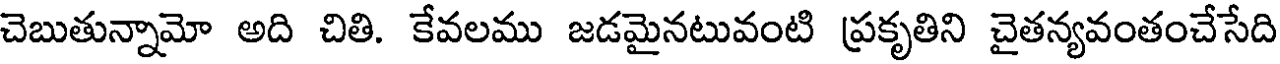
చెబుతున్నామో అది చితి. కేవలము జడమైనటువంటి ప్రకృతిని చైతన్యవంతంచేసేది